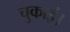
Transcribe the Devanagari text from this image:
चुकाईं।